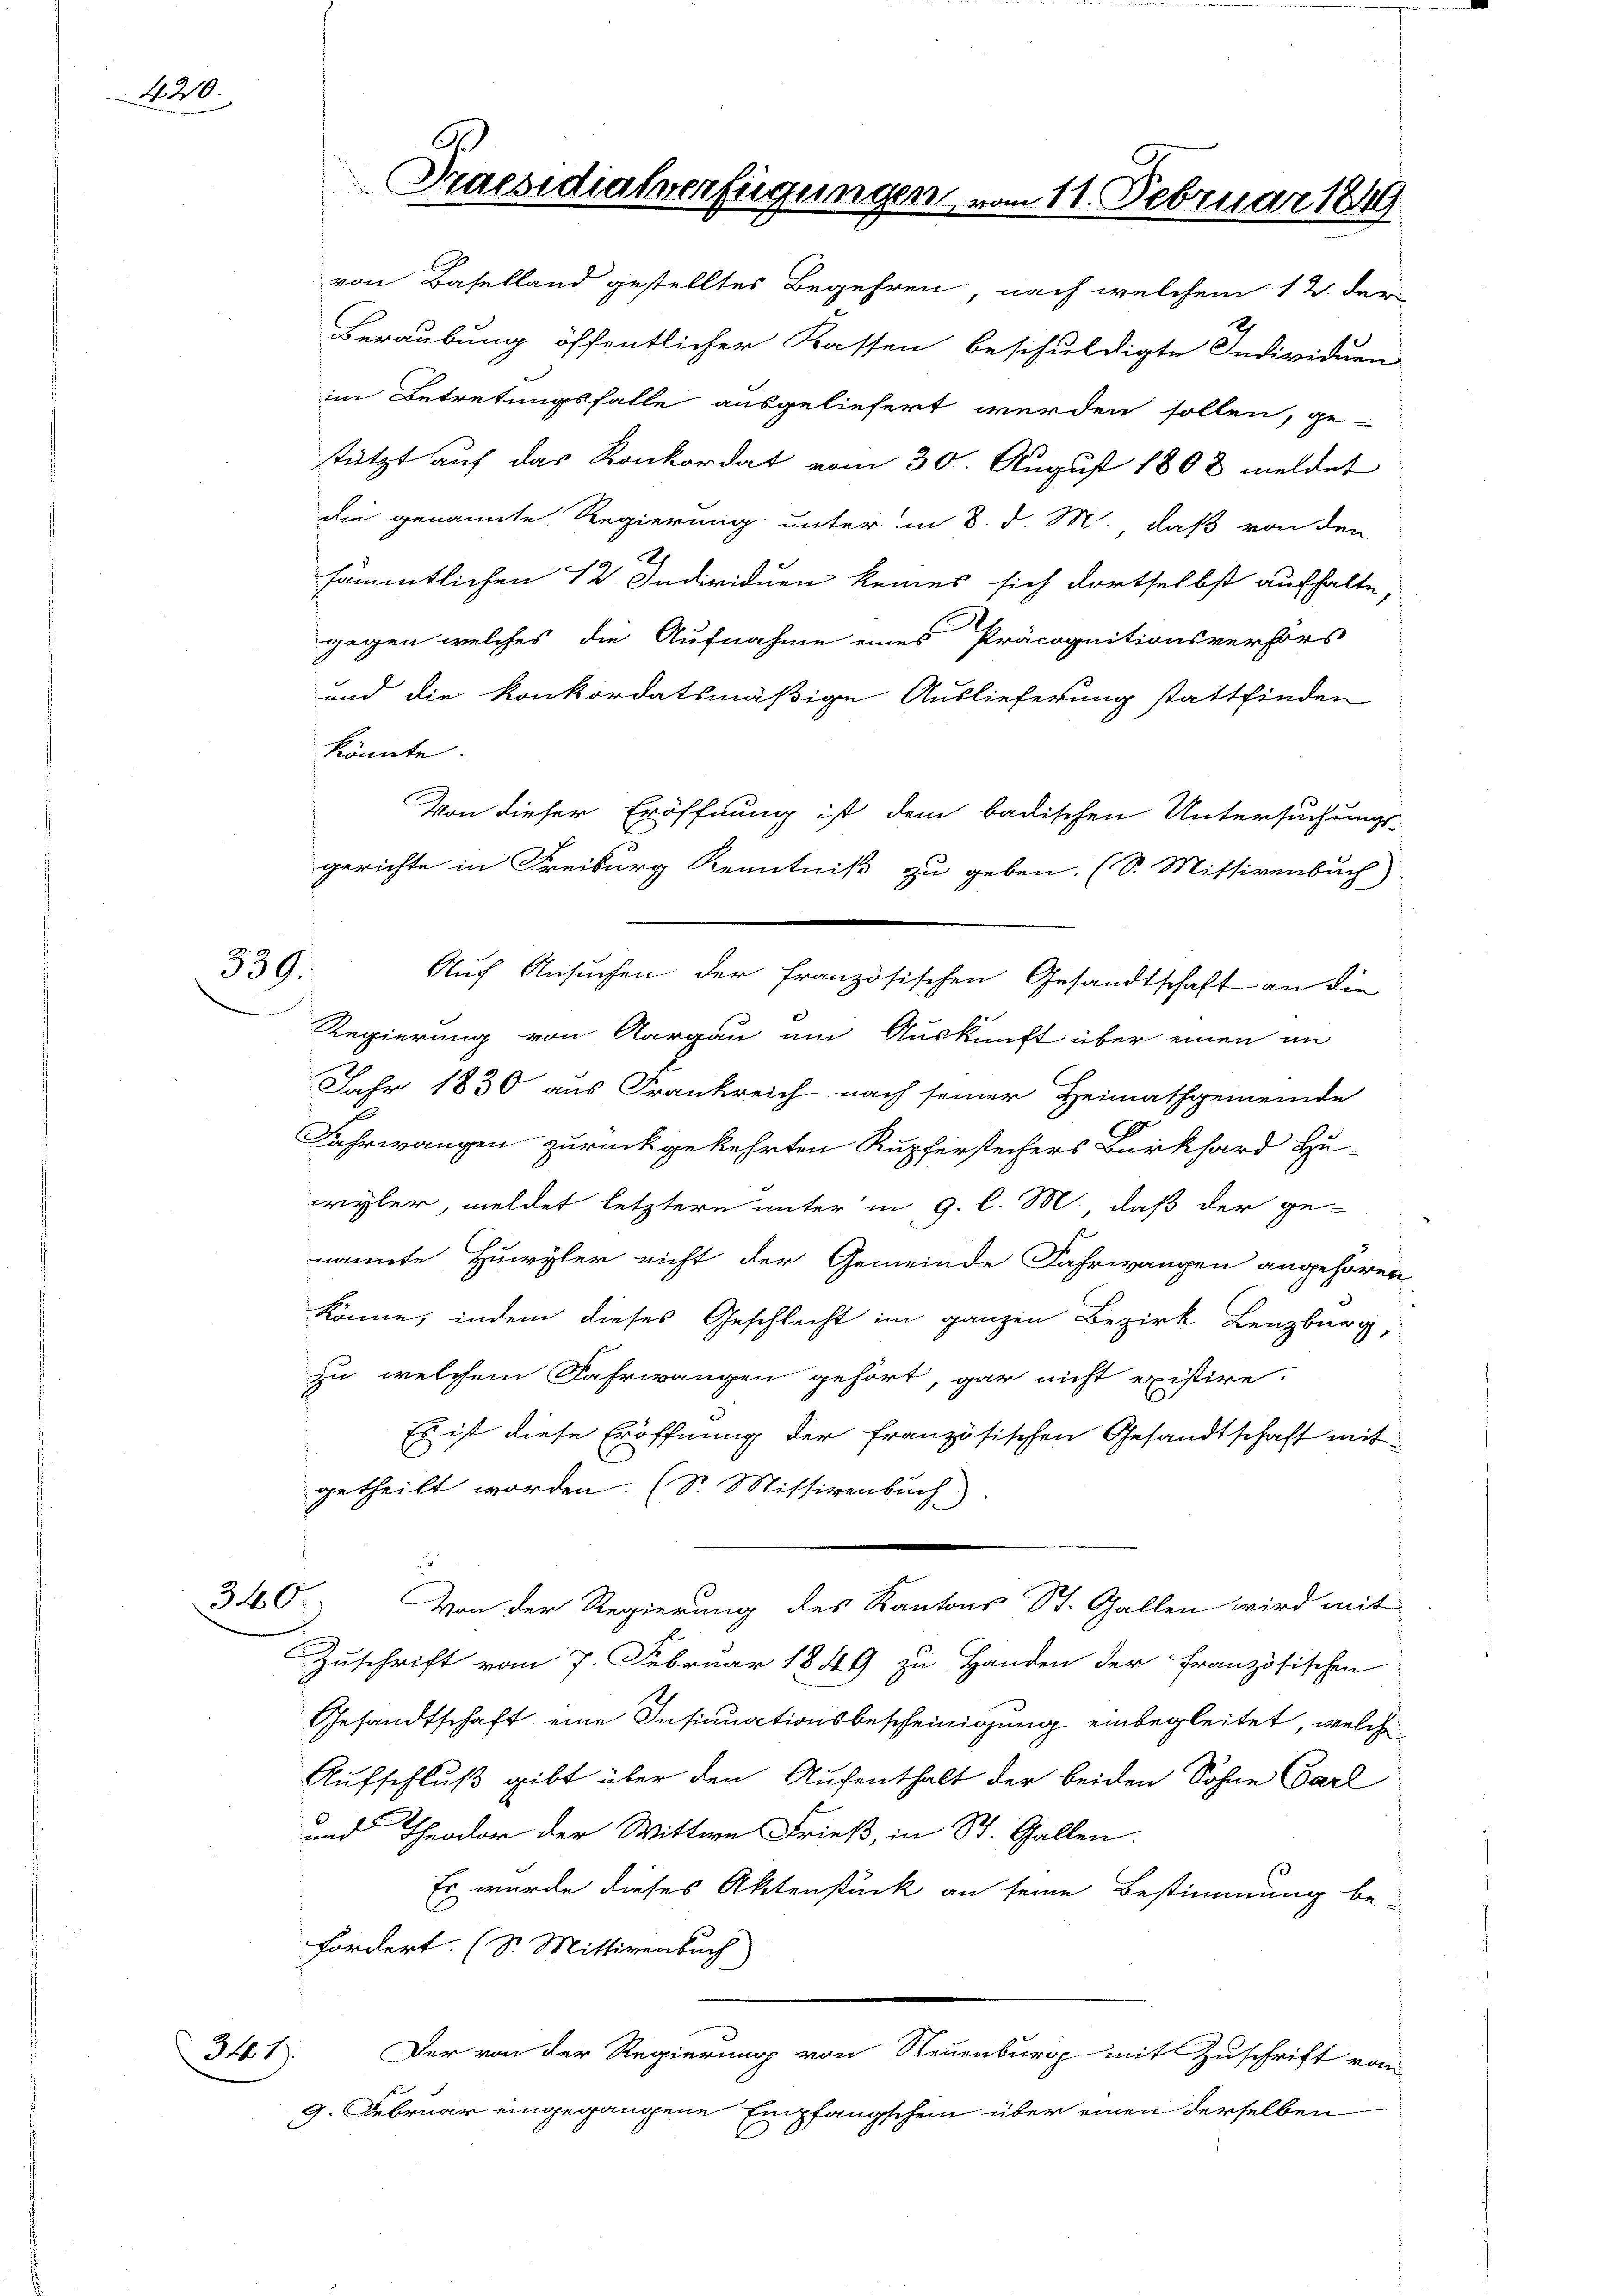
420.

339.

340.

341.

Praesidialverfügungen vom 11. Februar 1849

von Baselland gestelltes Begehren, nach welchem 12. der
Beraubung öffentlicher Kassen beschuldigte Individuen
im Betretungsfalle ausgeliefert werden sollen, ge-
stützt auf das Konkordat vom 30. August 1808 meldet
die genannte Regierung unter in 8. d. M. daß von den
A
sämmtlichen 12 Individuen keines sich dortselbst aufhalte
gegen welches die Aufnahme eines Präcognitionsverhörs
und die konkordatsmäßige Auslieferung stattfinden
könnte.
Von dieser Eröffnung ist dem badischen Untersuchungs-
gerichte in Freiburg Kenntniß zu geben. (S. Missivenbuch)
Regierung von Aargau um Auskunft über einen an
Jahr 1830 aus Frankreich nach seiner Heimathgemeinde
Fahrwangen zurückgekehrten Rupferstechers Burkhard Hu-
wyler, meldet letztern unter in g. l. M. daß der ge-
nannte Huwyler nicht der Gemeinde Fahrwangen angehören
könne, indem dieses Geschlecht im ganzen Bezirk Lenzburg,
zu welchem Fahrwangen gehört, gar nicht existire.
Es ist diese Eröffnung der französischen Gesandtschaft mit
getheilt worden. (S. Missivenbuch)
d
Von der Regierung des Kantons St. Gallen wird mit
Zuschrift vom 7. Februar 1849 zu Handen der Französischen
Gesandtschaft eine Insinuationsbescheinigung einbegleitet, welche
Aufschluß gibt über den Aufenthalt der beiden Sohne Carl
und Theodor der Wittwe Frieß, in St. Gallen.
Es wurde dieses Aktenstück an seine Bestimmung be-
fordert. (S. Mittirenbuch)
Der von der Regierung von Neuenburg mit Zuschrift von
9. Februar eingegangene Empfangschein über einen derselben

Auch Ansuchen der französischen Gesandtschaft an die